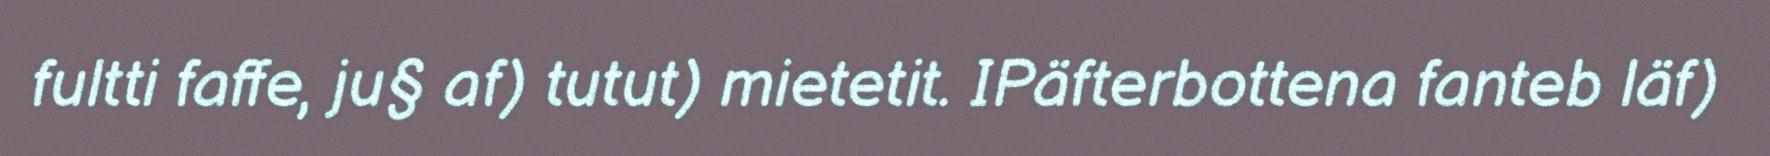
fultti faffe, ju§ af) tutut) mietetit. IPäfterbottena fanteb läf)